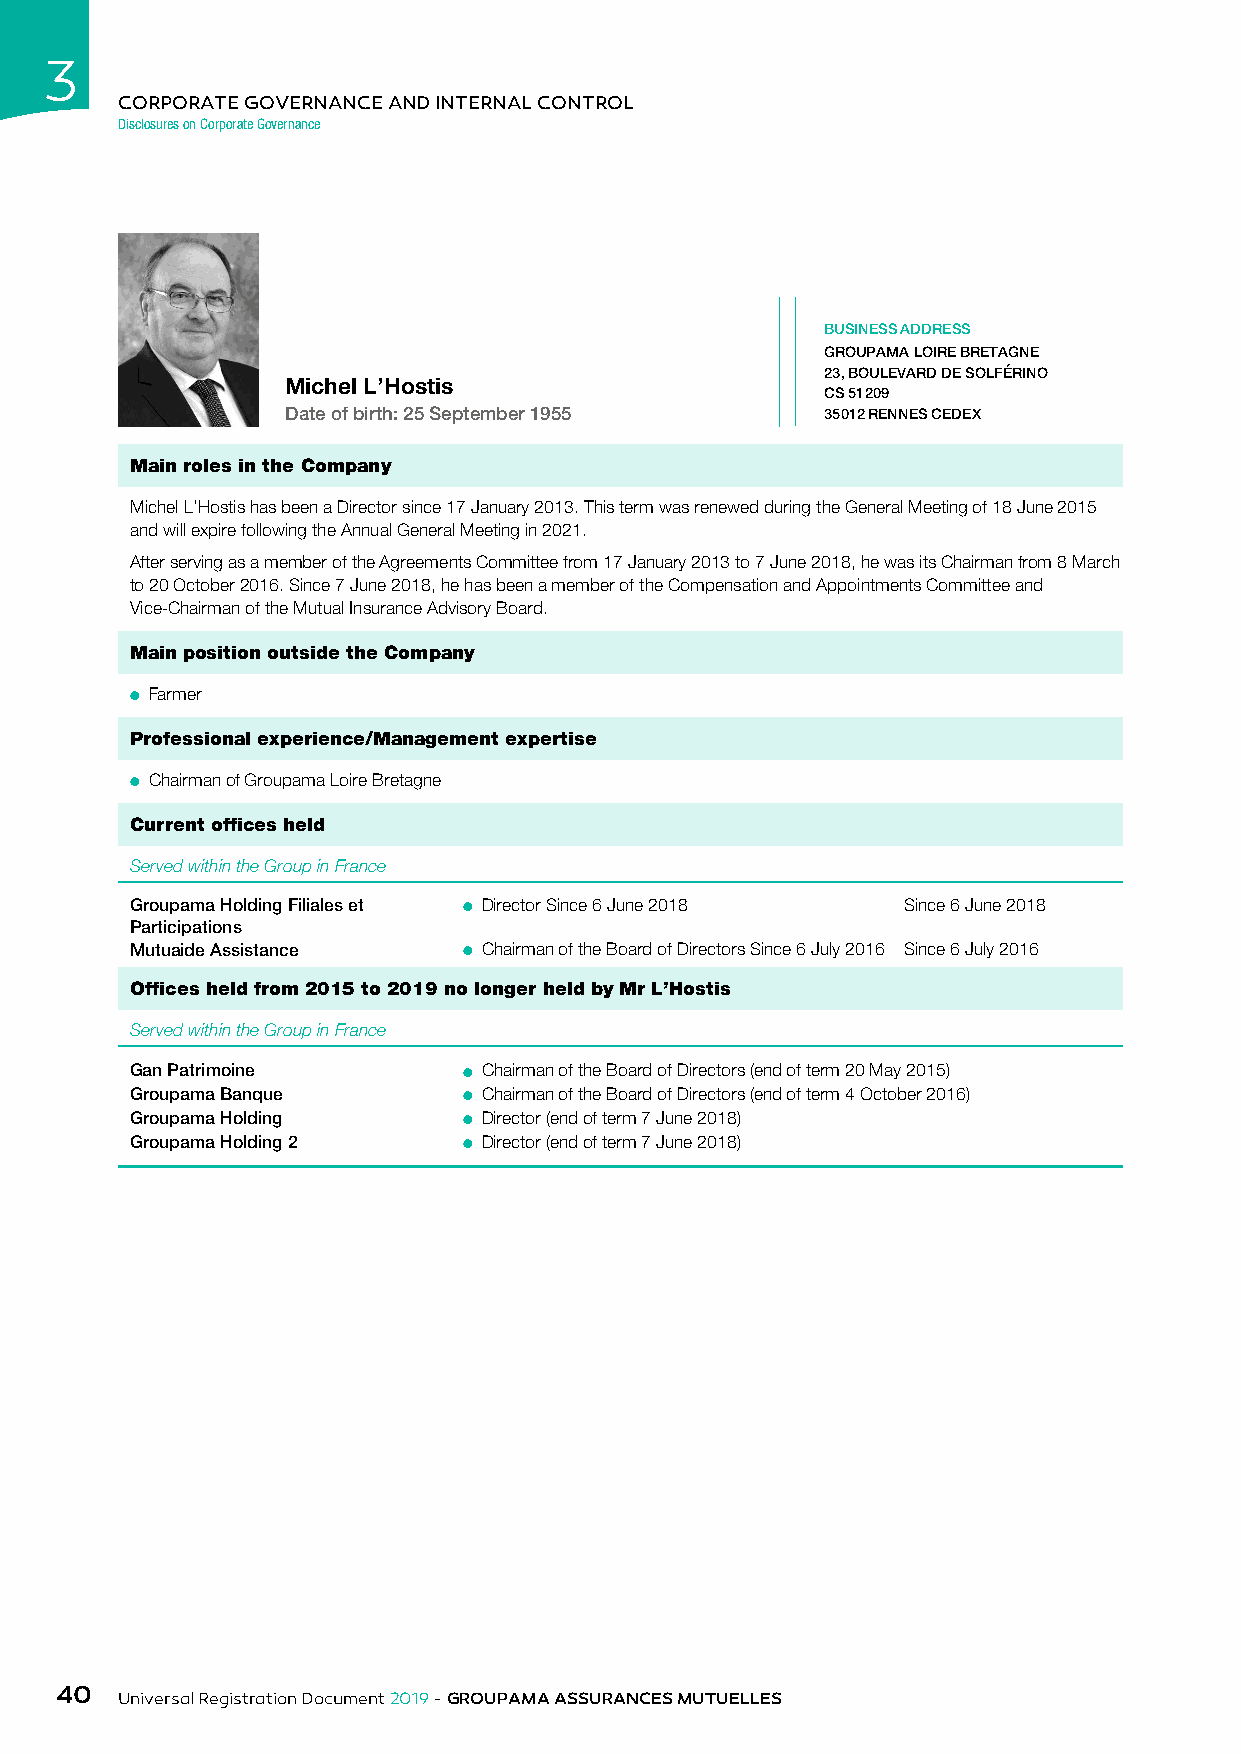
3
 CORPORATE GOVERNANCE AND INTERNAL CONTROL
 Disclosures on Corporate Governance
 BUSINESS ADDRESS
 GROUPAMA LOIRE BRETAGNE
 23, BOULEVARD DE SOLFÉRINO
 Michel L’Hostis
 CS 51209
 Date of birth: 25 September 1955    35012 RENNES CEDEX
 Main roles in the Company
 Michel L’Hostis has been a Director since 17 January 2013. This term was renewed during the General Meeting of 18 June 2015
 and will expire following the Annual General Meeting in 2021.
 After serving as a member of the Agreements Committee from 17 January 2013 to 7 June 2018, he was its Chairman from 8 March
 to 20 October 2016. Since 7 June 2018, he has been a member of the Compensation and Appointments Committee and
 Vice-Chairman of the Mutual Insurance Advisory Board.
 Main position outside the Company
 ● Farmer
 Professional experience/Management expertise
 ● Chairman of Groupama Loire Bretagne
 Current offices held
 Served within the Group in France
 Groupama Holding Filiales et ● Director Since 6 June 2018 Since 6 June 2018
 Participations
 Mutuaide Assistance   ● Chairman of the Board of Directors Since 6 July 2016 Since 6 July 2016
 Offices held from 2015 to 2019 no longer held by Mr L’Hostis
 Served within the Group in France
 Gan Patrimoine        ● Chairman of the Board of Directors (end of term 20 May 2015)
 Groupama Banque       ● Chairman of the Board of Directors (end of term 4 October 2016)
 Groupama Holding      ● Director (end of term 7 June 2018)
 Groupama Holding 2    ● Director (end of term 7 June 2018)
 40
 Universal Registration Document 2019 - GROUPAMA ASSURANCES MUTUELLES